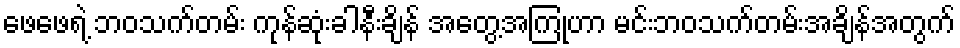
ဖေဖေရဲ့ ဘဝသက်တမ်း ကုန်ဆုံးခါနီးချိန် အတွေ့အကြုံဟာ မင်းဘဝသက်တမ်းအချိန်အတွက်